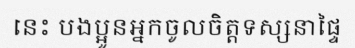
នេះ បងប្អូនអ្នកចូលចិត្តទស្សនាផ្ទៃ